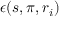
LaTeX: \epsilon ( s , \pi , r _ { i } )